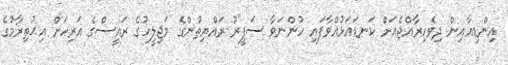
އިންޑިއާއިން ދިވެހިރާއްޖެއަށް ކަނޑައަޅުއްވާފައި ހުންނަވާ ސަފީރު ރައްްޔިތުންގެ މަޖިލީހުގެ ރައީސްގެ އަރިހަށް އިޙުތިރާމުގެ